Lunatic asylums Central Provinces reports 1874-1885 - 1874-1885
Year: 1874
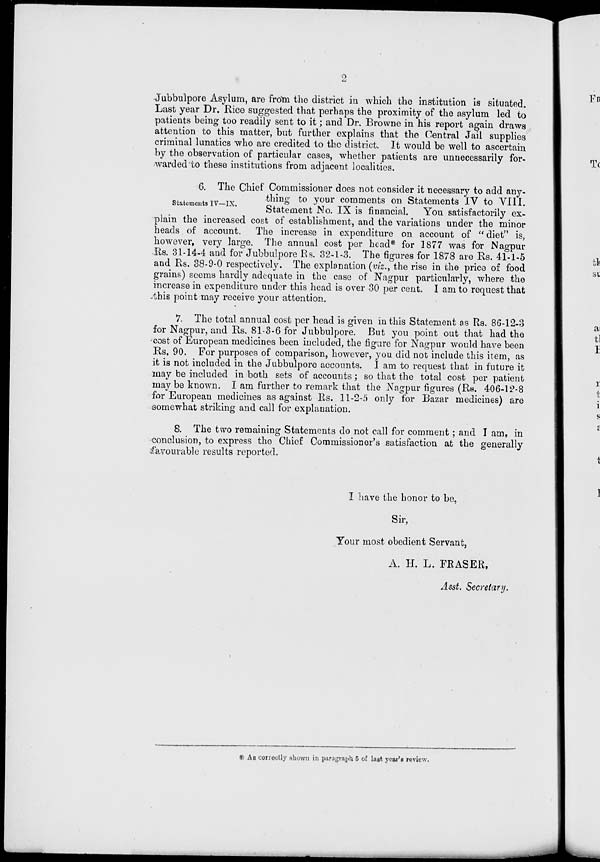
2
Jubbulpore Asylum, are from the district in which the institution is situated.
Last year Dr. Rice suggested that perhaps the proximity of the asylum led to
patients being too readily sent to it; and Dr. Browne in his report again draws
attention to this matter, but further explains that the Central Jail supplies
criminal lunatics who are credited to the district. It would be well to ascertain
by the observation of particular cases, whether patients are unnecessarily for-
warded to these institutions from adjacent localities.
Statements IV—IX.
6. The Chief Commissioner does not consider it necessary to add any-
thing to your comments on Statements IV to VIII.
Statement No. IX is financial. You satisfactorily ex-
plain the increased cost of establishment, and the variations under the minor
heads of account. The increase in expenditure on account of " diet" is,
however, very large. The annual cost per head* for 1877 was for Nagpur
Rs. 31-14-4 and for Jubbulpore Rs. 32-1-3. The figures for 1878 are Rs. 41-1-5
and Rs. 38-9-0 respectively. The explanation (viz., the rise in the price of food
grains) seems hardly adequate in the case of Nagpur particularly, where the
increase in expenditure under this head is over 30 per cent. I am to request that
this point may receive your attention.
7. The total annual cost per head is given in this Statement as Rs. 86-12-3
for Nagpur, and Rs. 81-3-6 for Jubbulpore. But you point out that had the
cost of European medicines been included, the figure for Nagpur would have been
Rs. 90. For purposes of comparison, however, you did not include this item, as
it is not included in the Jubbulpore accounts. I am to request that in future it
may be included in both sets of accounts; so that the total cost per patient
may be known. I am further to remark that the Nagpur figures (Rs. 406-12-8
for European medicines as against Rs. 11-2-5 only for Bazar medicines) are
somewhat striking and call for explanation.
8. The two remaining Statements do not call for comment; and I am, in
conclusion, to express the Chief Commissioner's satisfaction at the generally
favourable results reported.
I have the honor to be,
Sir,
Your most obedient Servant,
A. H. L. ERASER,
Asst. Secretary.
* As correctly shown in paragraph 5 of last year's review.